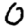
Digit: 0